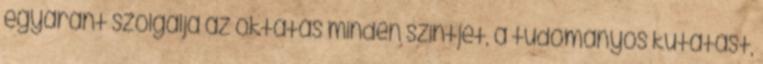
egyaránt szolgálja az oktatás minden szintjét, a tudományos kutatást,